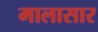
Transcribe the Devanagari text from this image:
मालासार